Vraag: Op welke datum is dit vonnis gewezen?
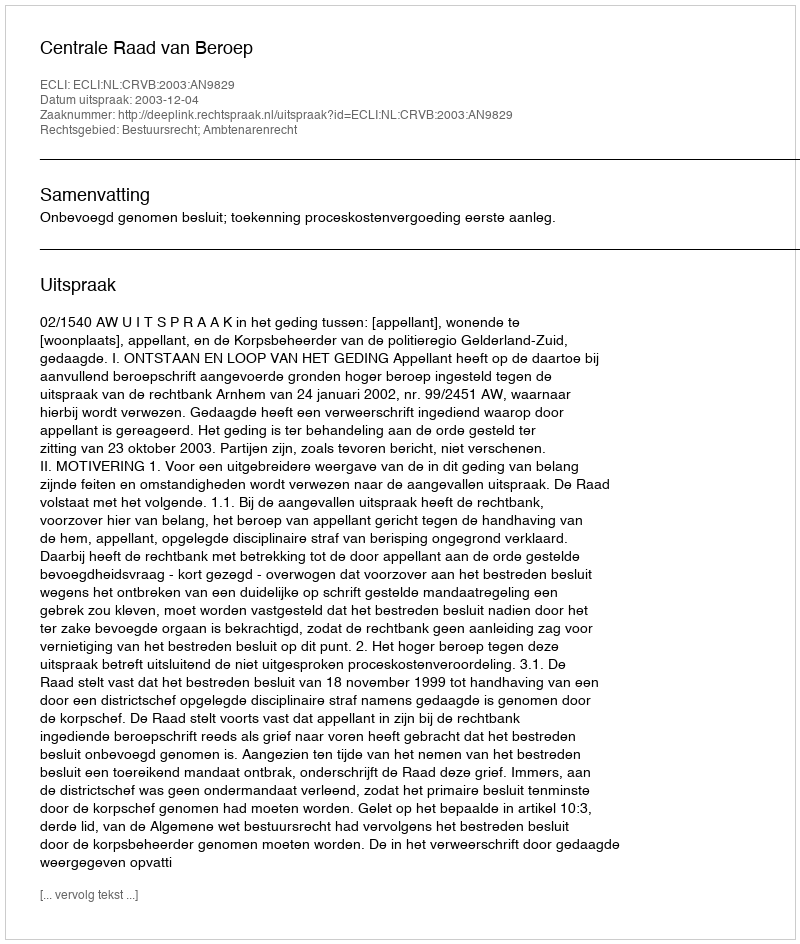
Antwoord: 2003-12-04